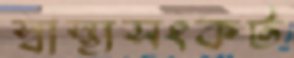
স্বাস্থ্যসংকট